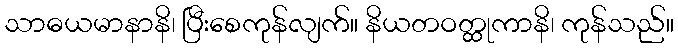
သာဓယမာနာနိ၊ ပြီးစေကုန်လျက်။ နိယတဝတ္ထုကာနိ၊ ကုန်သည်။